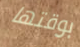
بوقتها